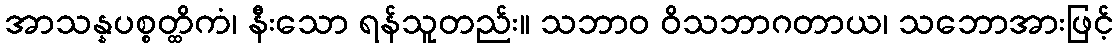
အာသန္နပစ္စတ္ထိကံ၊ နီးသော ရန်သူတည်း။ သဘာဝ ဝိသဘာဂတာယ၊ သဘောအားဖြင့်